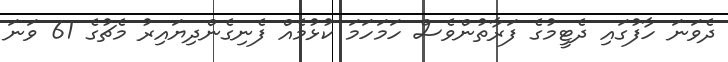
ދެވަނަ ހާފުގައި ދެޓީމުގެ ފަރާތުންވެސް ހަމަހަމަ ކުޅުމެއް ފެނިގެންދިޔައިރު މެޗުގެ 61 ވަނަ